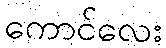
ကောင်လေး